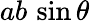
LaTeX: ab\, \sin\theta